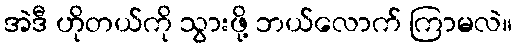
အဲဒီ ဟိုတယ်ကို သွားဖို့ ဘယ်လောက် ကြာမလဲ။